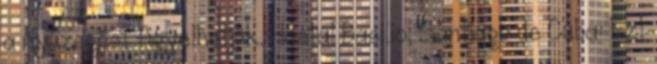
a nyüzsgést figyelhetjük. Hostal Basilio, Santiago de Cuba: Ezt